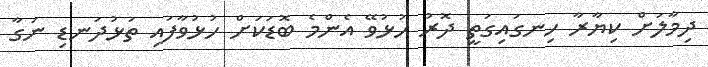
ދިމާލަށް ކިޔާރާ ހިނގައިގަތީ ދޮރު ހުޅުވޭ އެންމެ ބޮޑަކަށް ހުޅުވާފައި ތަޅުދަނޑި ނަގާ